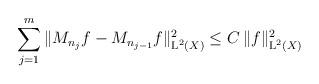
LaTeX: \begin{align*}\sum_{j=1}^{m} \|M_{n_j}f - M_{n_{j-1}}f\|_{\textup{L}^2(X)}^2 \leq C \,\|f\|_{\textup{L}^2(X)}^2\end{align*}